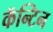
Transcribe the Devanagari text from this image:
कॅन्टिन